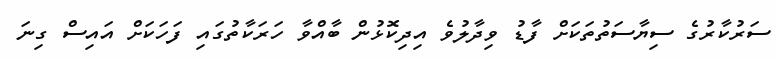
ސަރުކާރުގެ ސިޔާސަތުތަކަށް ފާޑު ވިދާލުވެ އިދިކޮޅުން ބާއްވާ ހަރަކާތުގައި ފަހަކަށް އައިސް ގިނަ